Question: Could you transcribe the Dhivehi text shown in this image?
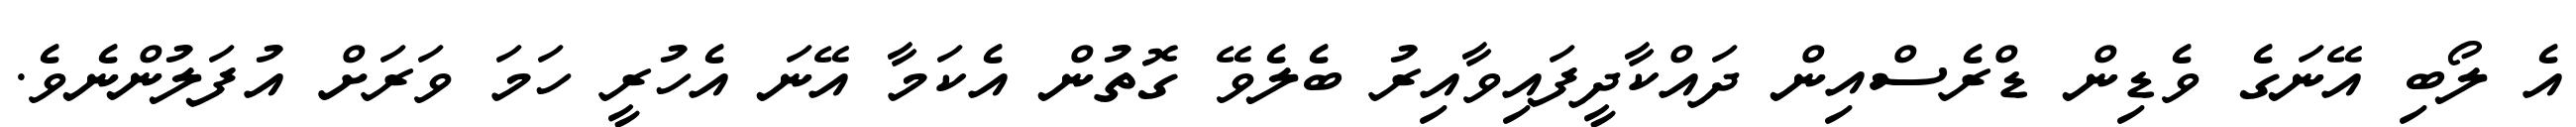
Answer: އެ ލޯބި އޭނަގެ ވެޑިން ޑްރެސްއިން ދައްކާދީފައިވާއިރު ބެލެވޭ ގޮތުން އެކަމާ އޭނަ އެހުރީ ހަމަ ވަރަށް އުފަލުންނެވެ.